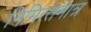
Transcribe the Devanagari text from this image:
निमित्‍तमात्र